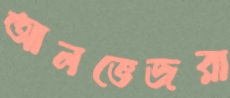
আলভেজরা